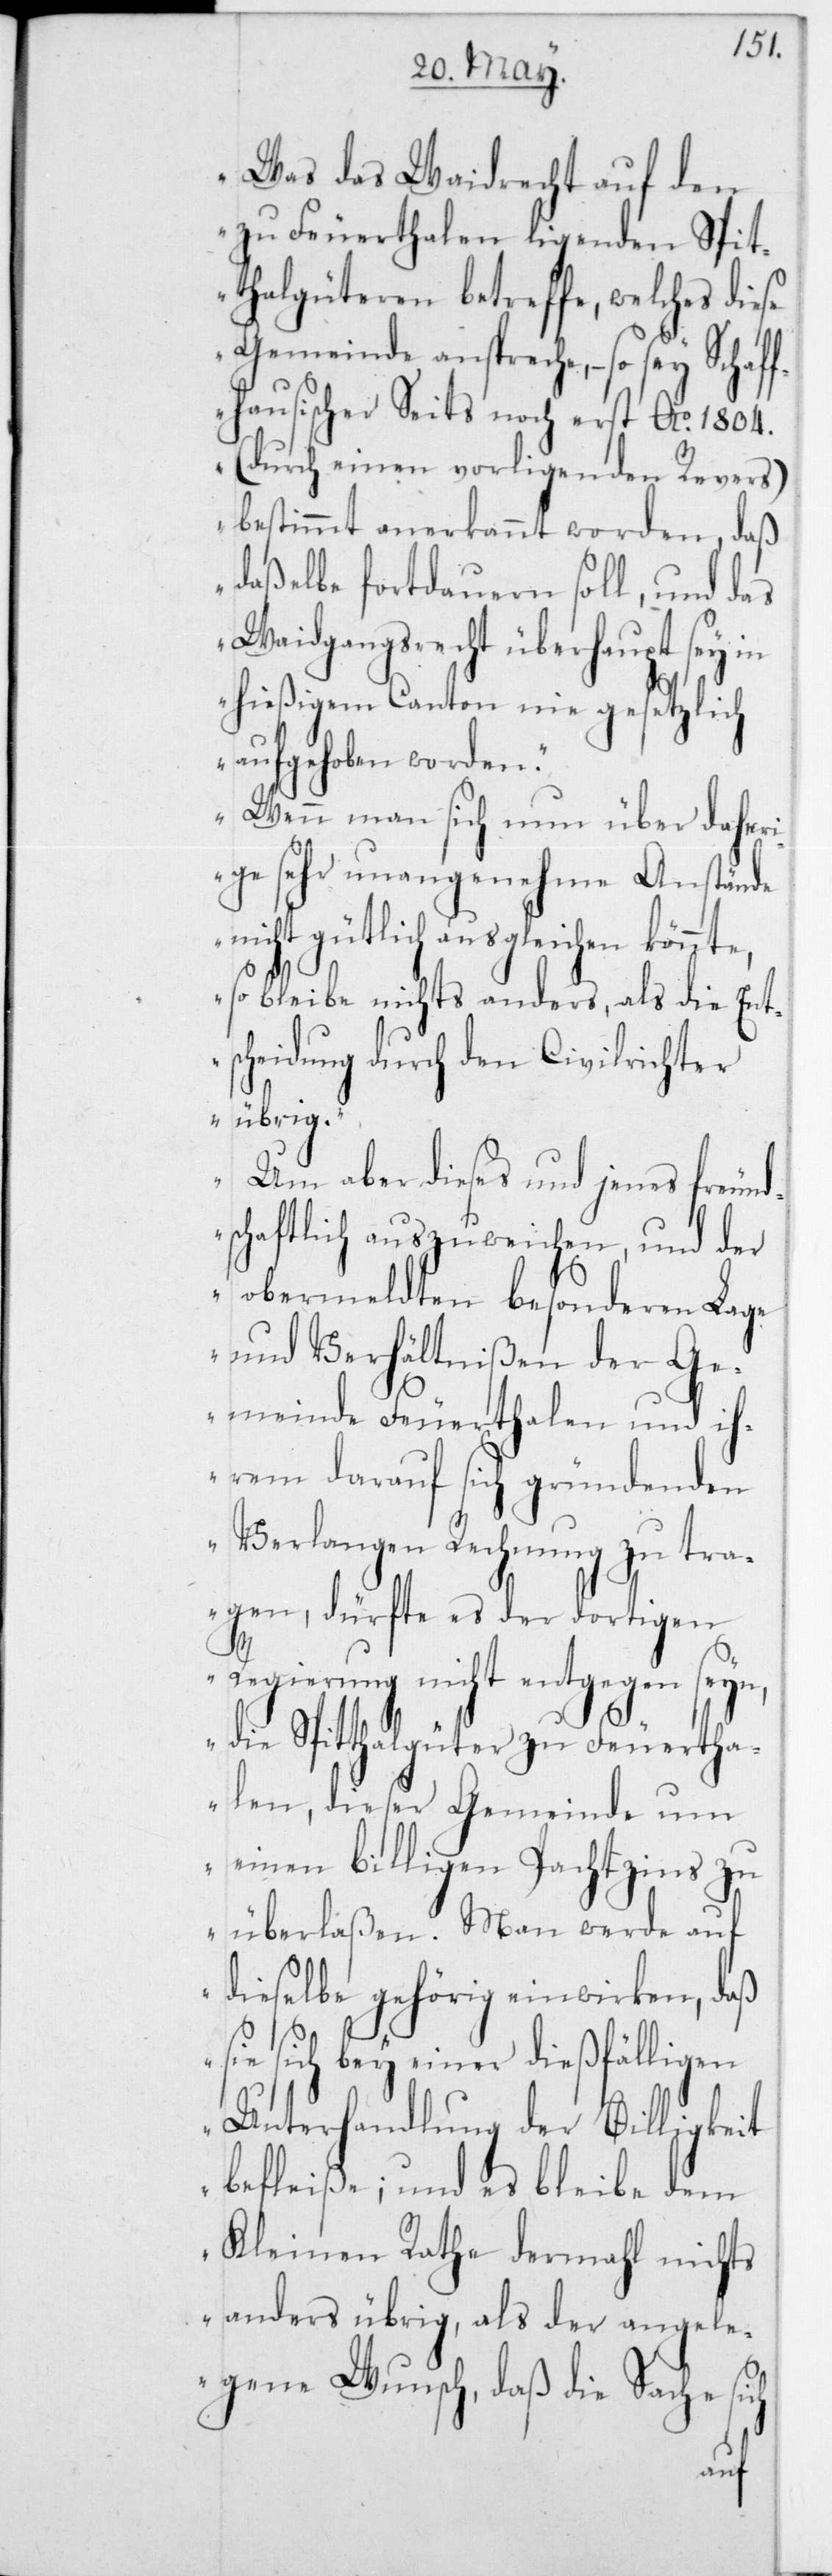
Was das Weidrecht auf den
zu Feuerthalen liegenden Spit¬
thalgüteren betreffe, welches die¬
Gemeinde anspreche, – so sey Scha¬
fhausischer Seits noch erst A 1804
(durch einen vorliegenden Revers)
bestimmt anerkannt worden, daß
daßelbe fortdauern soll, und das
Waidgangsrecht überhaupt sey in
hießigem Canton nie gesetzlich
aufgehoben worden.
Wenn man sich nun über daher¬
ige sehr unangenehme Anstände
nicht gütlich ausgleichen könnte,
so bleibe nichts anders, als die Ents¬
cheidung durch den Civilrichter
übrig.
Um aber dieses und jenes freund¬
schaftlich auszuweichen, und der
obermeldten besonderen Lage
und Verhältnißen der Ge¬
meinde Feuerthalen und ih¬
rem darauf sich gründenden
Verlangen Rechnung zu tra¬
gen, dürfte es er dortigen
Regierung nicht entgegen seyn,
die Spitthalgüter zu Feuertha¬
len, dieser Gemeinde um
einen billigen Pachtzins zu
überlaßen. Man werde auf
dieselbe gehörig einwirken, daß
sie sich bey einer dießfälligen
Unterhandlung der Billigkeit
befleiße; und es bleibe dem
Kleinen Rathe dermahl nichts
anders übrig, als der angele¬
gene Wunsch, daß die Sache sich
f¬